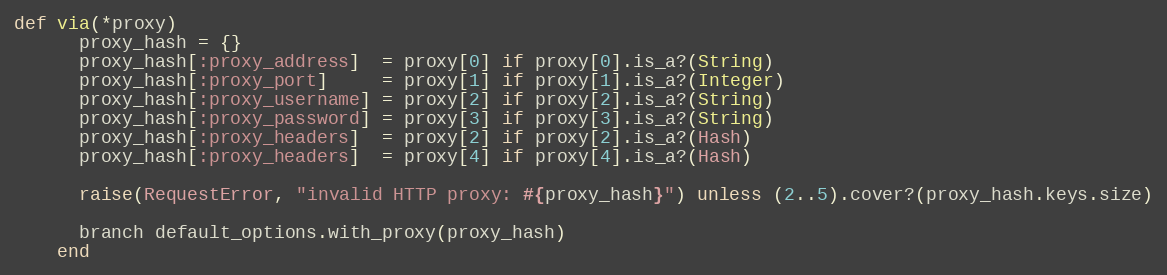
Language: Ruby
def via(*proxy)
      proxy_hash = {}
      proxy_hash[:proxy_address]  = proxy[0] if proxy[0].is_a?(String)
      proxy_hash[:proxy_port]     = proxy[1] if proxy[1].is_a?(Integer)
      proxy_hash[:proxy_username] = proxy[2] if proxy[2].is_a?(String)
      proxy_hash[:proxy_password] = proxy[3] if proxy[3].is_a?(String)
      proxy_hash[:proxy_headers]  = proxy[2] if proxy[2].is_a?(Hash)
      proxy_hash[:proxy_headers]  = proxy[4] if proxy[4].is_a?(Hash)

      raise(RequestError, "invalid HTTP proxy: #{proxy_hash}") unless (2..5).cover?(proxy_hash.keys.size)

      branch default_options.with_proxy(proxy_hash)
    end